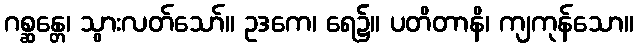
ဂစ္ဆန္တေ၊ သွားလတ်သော်။ ဥဒကေ၊ ရေ၌။ ပတိတာနိ၊ ကျကုန်သော။